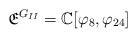
LaTeX: \begin{align*}\mathfrak{E}^{G_{II}} = \mathbb{C}[\varphi_8, \varphi_{24}]\end{align*}